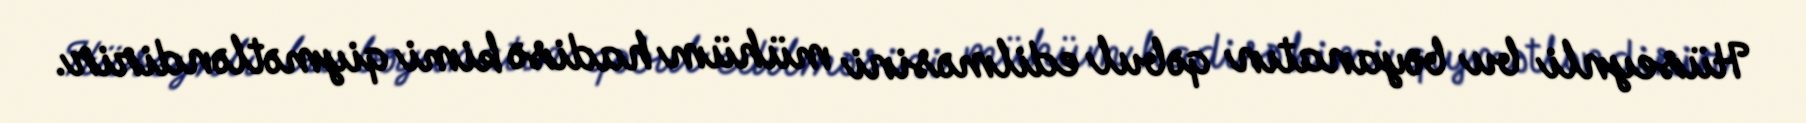
Hüseynli bu bəyanatın qəbul edilməsini mühüm hadisə kimi qiymətləndirir.